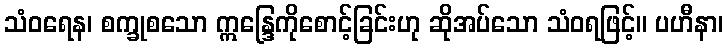
သံဝရေန၊ စက္ခုစသော ဣန္ဒြေကိုစောင့်ခြင်းဟု ဆိုအပ်သော သံဝရဖြင့်။ ပဟီနာ၊